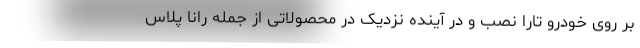
بر روی خودرو تارا نصب و در آینده نزدیک در محصولاتی از جمله رانا پلاس